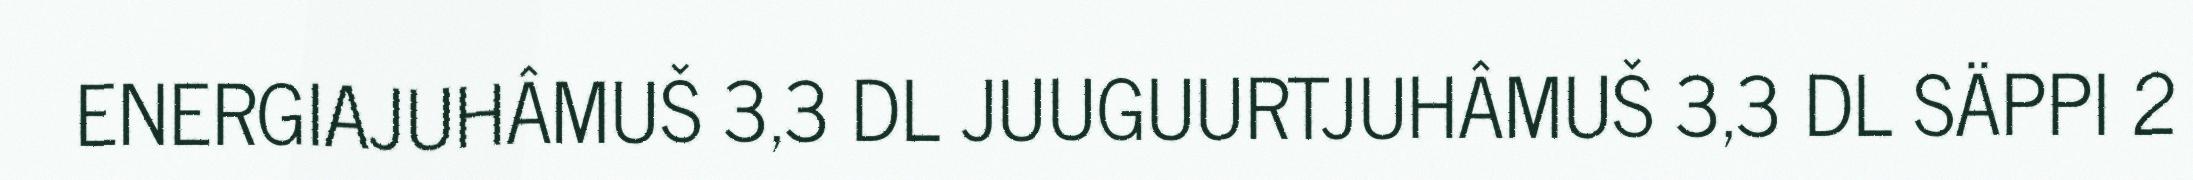
ENERGIAJUHÂMUŠ 3,3 DL JUUGUURTJUHÂMUŠ 3,3 DL SÄPPI 2